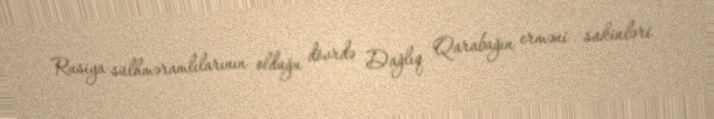
Rusiya sülhməramlılarının olduğu dövrdə Dağlıq Qarabağın erməni sakinləri